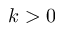
k > 0